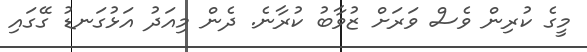
މީގެ ކުރިން ވެސް ވަރަށް ޒުވާބު ކުރާނެ. ދެން މިއަދު އަޅުގަނޑު ގޭގައި